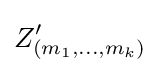
Z'_{(m_{1},...,m_{k})}